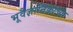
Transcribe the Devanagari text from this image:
भूवैज्ञानिकांच्या